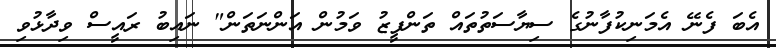
އެބަ ފެނޭ އެމަނިކުފާނުގެ ސިޔާސަތުތައް ތަންފީޒު ވަމުން އަންނަތަން" ނައިބު ރައީސް ވިދާޅުވި